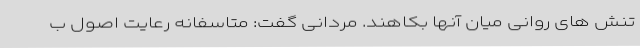
تنش های روانی میان آنها بکاهند. مردانی گفت: متاسفانه رعایت اصول ب